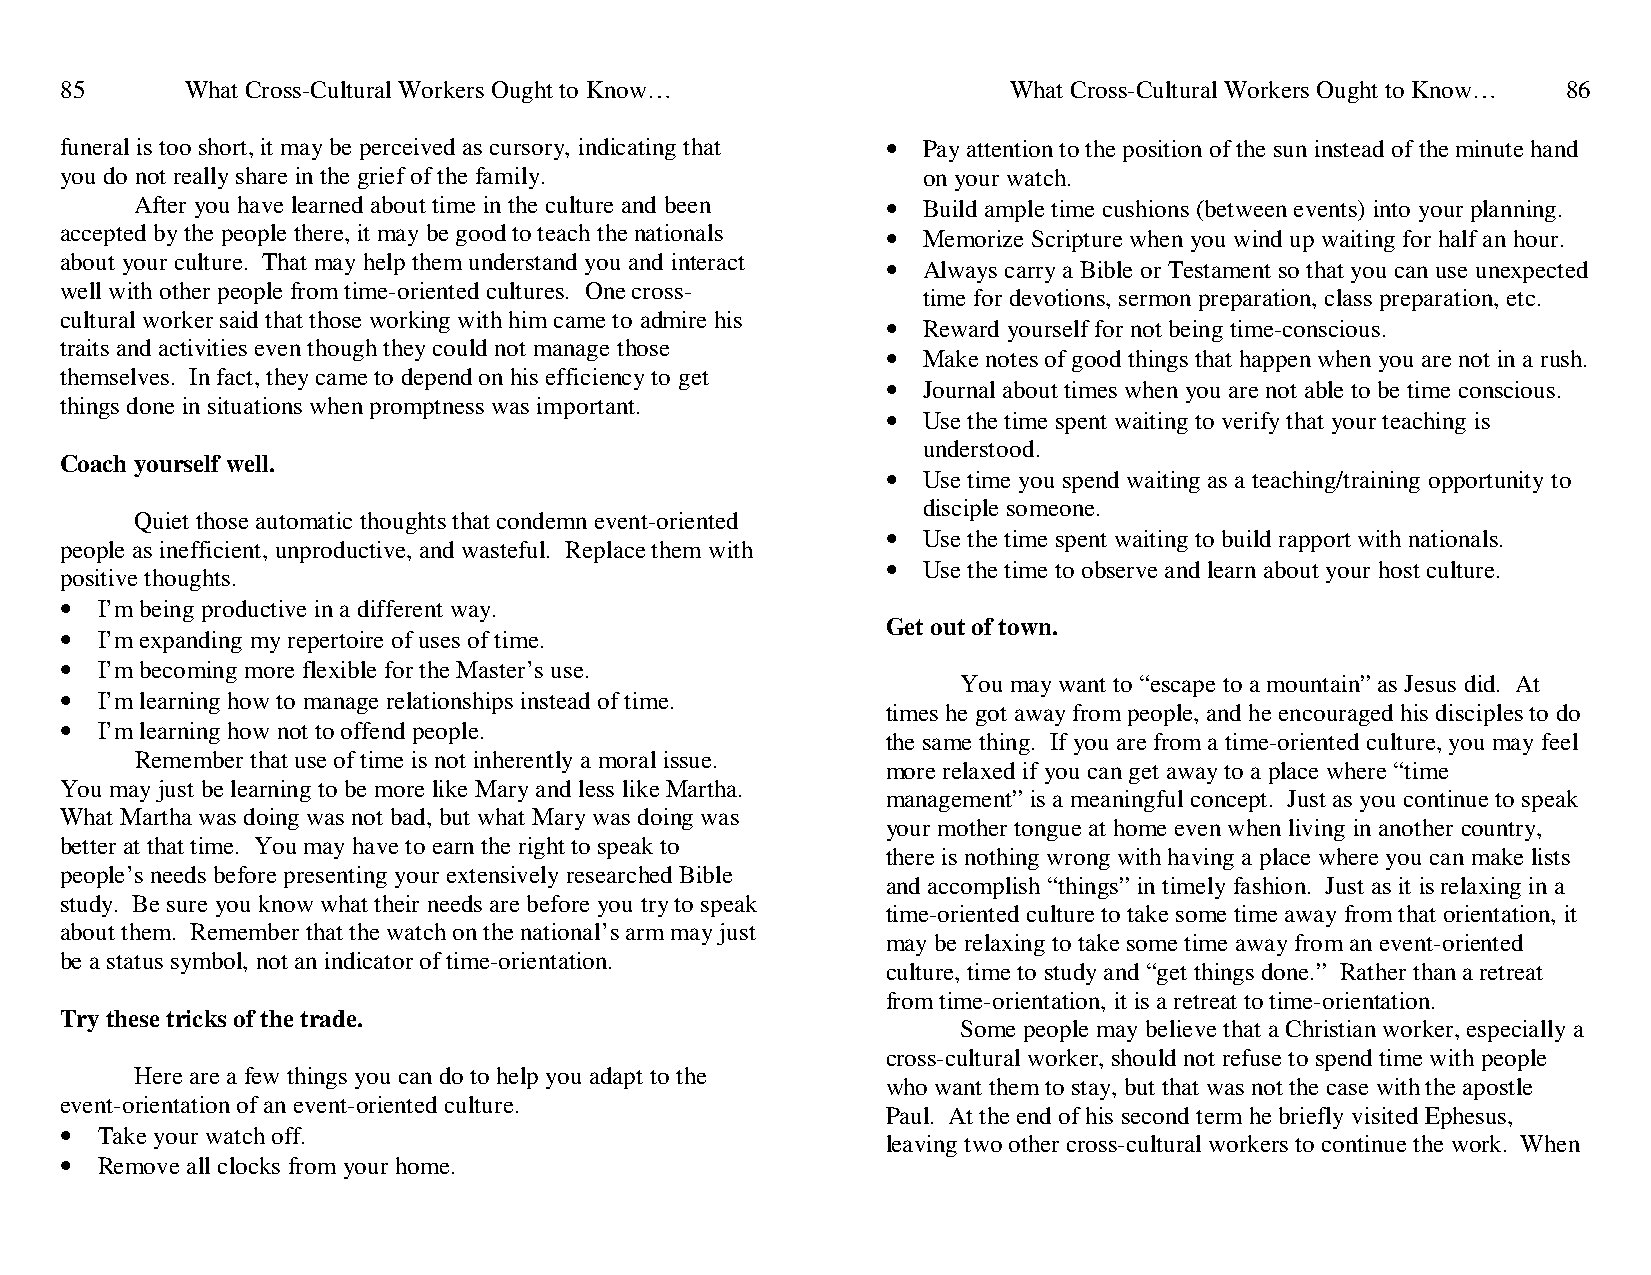
85      What Cross-Cultural Workers Ought to Know…             What Cross-Cultural Workers Ought to Know… 86
 funeral is too short, it may be perceived as cursory, indicating that • Pay attention to the position of the sun instead of the minute hand
 you do not really share in the grief of the family.      on your watch.
 After you have learned about time in the culture and been • Build ample time cushions (between events) into your planning.
 accepted by the people there, it may be good to teach the nationals • Memorize Scripture when you wind up waiting for half an hour.
 about your culture. That may help them understand you and interact • Always carry a Bible or Testament so that you can use unexpected
 well with other people from time-oriented cultures. One cross-
 time for devotions, sermon preparation, class preparation, etc.
 cultural worker said that those working with him came to admire his • Reward yourself for not being time-conscious.
 traits and activities even though they could not manage those • Make notes of good things that happen when you are not in a rush.
 themselves. In fact, they came to depend on his efficiency to get
 • Journal about times when you are not able to be time conscious.
 things done in situations when promptness was important.
 • Use the time spent waiting to verify that your teaching is
 understood.
 Coach yourself well.
 • Use time you spend waiting as a teaching/training opportunity to
 disciple someone.
 Quiet those automatic thoughts that condemn event-oriented
 • Use the time spent waiting to build rapport with nationals.
 people as inefficient, unproductive, and wasteful. Replace them with
 • Use the time to observe and learn about your host culture.
 positive thoughts.
 • I’m being productive in a different way.
 Get out of town.
 • I’m expanding my repertoire of uses of time.
 • I’m becoming more flexible for the Master’s use.
 You may want to “escape to a mountain” as Jesus did. At
 • I’m learning how to manage relationships instead of time.
 times he got away from people, and he encouraged his disciples to do
 • I’m learning how not to offend people.
 the same thing. If you are from a time-oriented culture, you may feel
 Remember that use of time is not inherently a moral issue.
 more relaxed if you can get away to a place where “time
 You may just be learning to be more like Mary and less like Martha.
 management” is a meaningful concept. Just as you continue to speak
 What Martha was doing was not bad, but what Mary was doing was
 your mother tongue at home even when living in another country,
 better at that time. You may have to earn the right to speak to
 there is nothing wrong with having a place where you can make lists
 people’s needs before presenting your extensively researched Bible
 and accomplish “things” in timely fashion. Just as it is relaxing in a
 study. Be sure you know what their needs are before you try to speak
 time-oriented culture to take some time away from that orientation, it
 about them. Remember that the watch on the national’s arm may just
 may be relaxing to take some time away from an event-oriented
 be a status symbol, not an indicator of time-orientation.
 culture, time to study and “get things done.” Rather than a retreat
 from time-orientation, it is a retreat to time-orientation.
 Try these tricks of the trade.
 Some people may believe that a Christian worker, especially a
 cross-cultural worker, should not refuse to spend time with people
 Here are a few things you can do to help you adapt to the
 who want them to stay, but that was not the case with the apostle
 event-orientation of an event-oriented culture.
 Paul. At the end of his second term he briefly visited Ephesus,
 • Take your watch off.
 leaving two other cross-cultural workers to continue the work. When
 • Remove all clocks from your home.